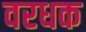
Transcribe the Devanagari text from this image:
वरधक